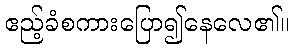
ဧည့်ခံစကားပြော၍နေလေ၏။